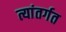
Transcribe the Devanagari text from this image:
त्यांतर्गत